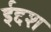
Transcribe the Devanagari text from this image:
ईद्दश